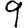
Digit: 9